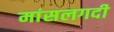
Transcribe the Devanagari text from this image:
मांसलगदी